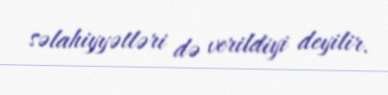
səlahiyyətləri də verildiyi deyilir.